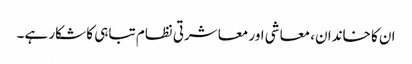
ان کا خاندان، معاشی اور معاشرتی نظام تباہی کا شکار ہے۔